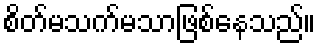
စိတ်မသက်မသာဖြစ်နေသည်။